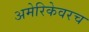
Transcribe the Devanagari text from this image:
अमेरिकेवरच